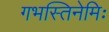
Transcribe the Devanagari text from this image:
गभस्तिनेमिः